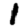
Digit: 1